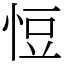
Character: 㤱